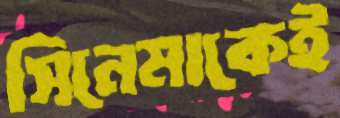
সিনেমাকেই